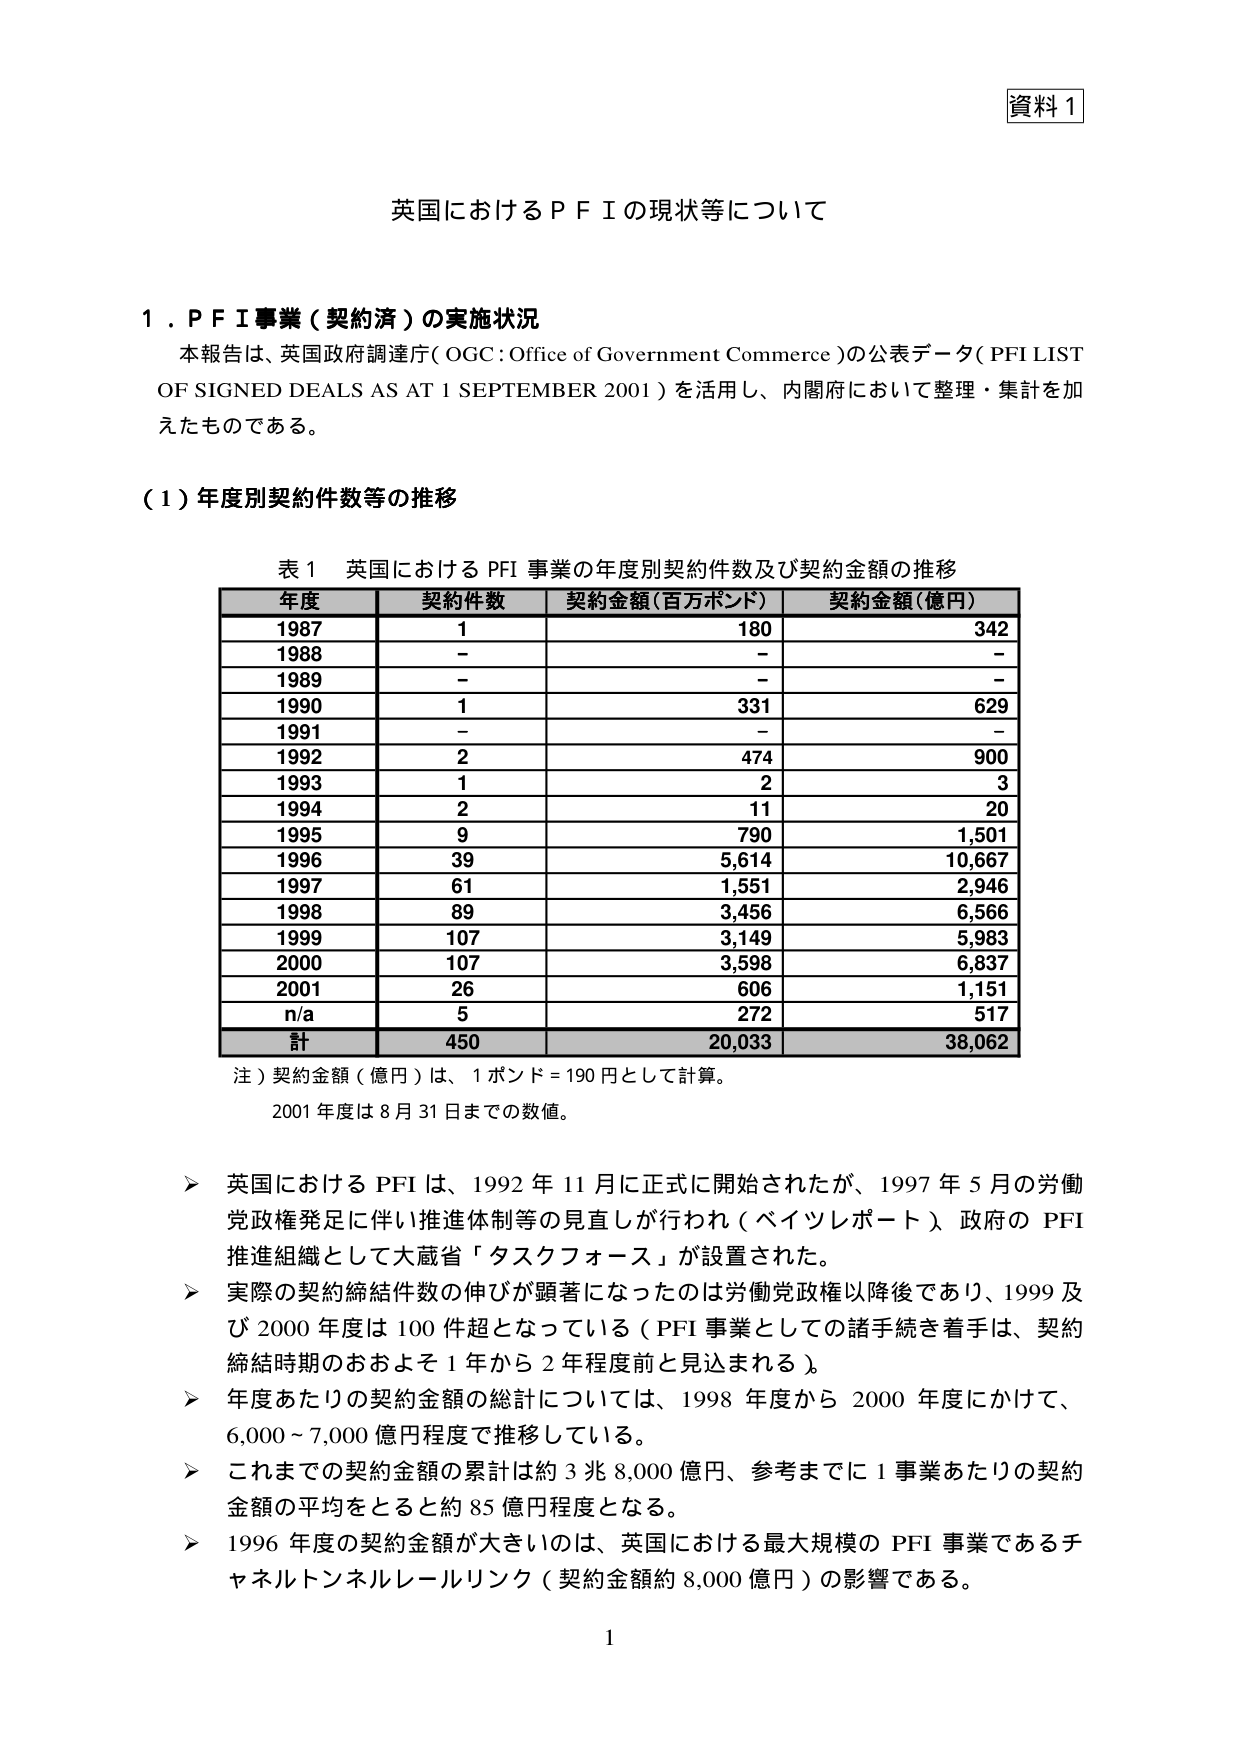
資料１

英国におけるＰＦＩの現状等について

１．ＰＦＩ事業（契約済）の実施状況
本報告は、英国政府調達庁（OGC：Office of Government Commerce）の公表データ（PFI LIST OF SIGNED DEALS AS AT 1 SEPTEMBER 2001）を活用し、内閣府において整理・集計を加えたものである。

（１）年度別契約件数等の推移

表１ 英国におけるPFI事業の年度別契約件数及び契約金額の推移

年度　契約件数　契約金額（百万ポンド）　契約金額（億円）
1987　1　　　　　180　　　　　　　　　342
1988　－　　　　－　　　　　　　　　　－
1989　－　　　　－　　　　　　　　　　－
1990　1　　　　　331　　　　　　　　　629
1991　－　　　　－　　　　　　　　　　－
1992　2　　　　　474　　　　　　　　　900
1993　1　　　　　2　　　　　　　　　　3
1994　2　　　　　11　　　　　　　　　20
1995　9　　　　　790　　　　　　　　　1,501
1996　39　　　　　5,614　　　　　　　10,667
1997　61　　　　　1,551　　　　　　　2,946
1998　89　　　　　3,456　　　　　　　6,566
1999　107　　　　　3,149　　　　　　　5,983
2000　107　　　　　3,598　　　　　　　6,837
2001　26　　　　　606　　　　　　　　1,151
n/a　5　　　　　　272　　　　　　　　517
計　　450　　　　　20,033　　　　　　38,062

注）契約金額（億円）は、1ポンド＝190円として計算。
　　2001年度は8月31日までの数値。

＞ 英国におけるPFIは、1992年11月に正式に開始されたが、1997年5月の労働党政権発足に伴い推進体制等の見直しが行われ（ベイツレポート）、政府のPFI推進組織として大蔵省「タスクフォース」が設置された。
＞ 実際の契約締結件数の伸びが顕著になったのは労働党政権以降後であり、1999及び2000年度は100件超となっている（PFI事業としての諸手続き着手は、契約締結時期のおよそ1年から2年程度前と見込まれる）。
＞ 年度あたりの契約金額の総計については、1998年度から2000年度にかけて、6,000～7,000億円程度で推移している。
＞ これまでの契約金額の累計は約3兆8,000億円、参考までに1事業あたりの契約金額の平均をとると約85億円程度となる。
＞ 1996年度の契約金額が大きいのは、英国における最大規模のPFI事業であるチャネルトンネルレールリンク（契約金額約8,000億円）の影響である。

1